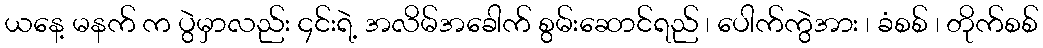
ယနေ့ မနက် က ပွဲမှာလည်း ၄င်းရဲ့ အလိမ်အခေါက် စွမ်းဆောင်ရည် ၊ ပေါက်ကွဲအား ၊ ခံစစ် ၊ တိုက်စစ်